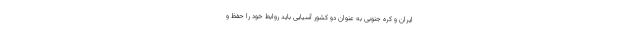
ایران و کره جنوبی به عنوان دو کشور آسیایی باید روابط خود را حفظ و